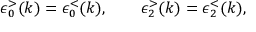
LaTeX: \epsilon _ { 0 } ^ { > } ( k ) = \epsilon _ { 0 } ^ { < } ( k ) , \qquad \epsilon _ { 2 } ^ { > } ( k ) = \epsilon _ { 2 } ^ { < } ( k ) ,